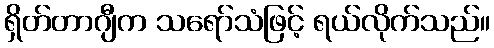
ရှိတ်တာဂျီက သရော်သံဖြင့် ရယ်လိုက်သည်။